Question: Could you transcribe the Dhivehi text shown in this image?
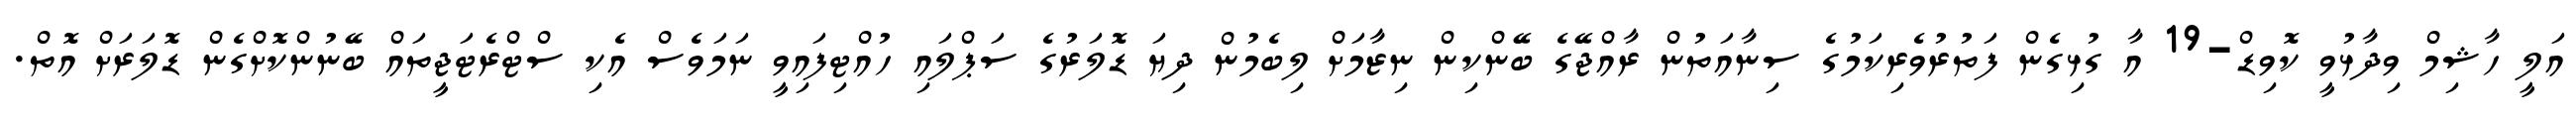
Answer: އަލީ ހާޝިމް ވިދާޅުވީ ކޮވިޑް-19 އާ ގުޅިގެން ފަތުރުވެރިކަމުގެ ސިނާއަތުން ރާއްޖޭގެ ބޭންކިން ނިޒާމަށް ލިބެމުން ދިޔަ ޑޮލަރުގެ ސަޕްލައި ހުއްޓިފައިވީ ނަމަވެސް އެކި ސްޓްރެޓަޖީތައް ބޭނުންކޮށްގެން ޑޮލަރަށް އޮތް.